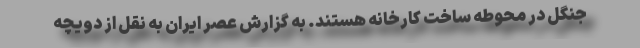
جنگل در محوطه ساخت کارخانه هستند. به گزارش عصر ایران به نقل از دویچه